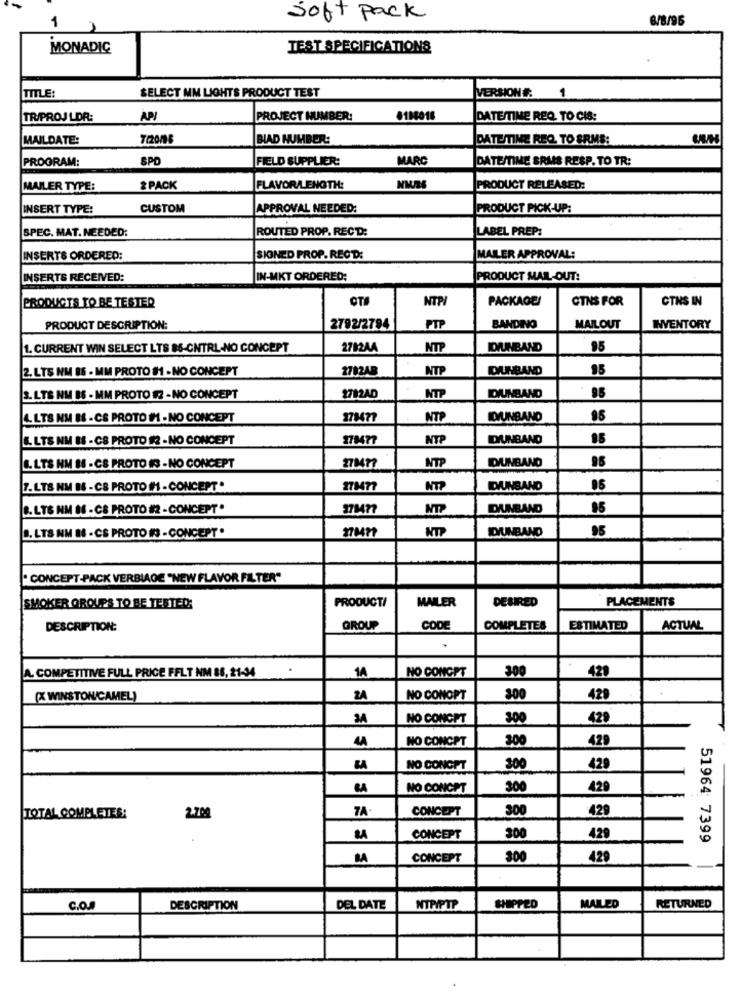
1
Soft Pack
8/8/96
MONADIC
TEST SPECIFICATIONS
TITLE:
SELECT MM LIGHTS PRODUCT TEST
VERSION#: 1
TR/PROJ LDR:
APJ
PROJECT MUMBER:
8106016
DATE/TIME REQ. TO CIS:
MAILDATE:
7/2076
BLAD NUMBER:
DATETIME REQ. TO SRMS:
PROGRAM:
SPD
FIELD SUPPLIER:
MARC
DATE/TIME BRAS RESP. TO TR:
MAILER TYPE:
2 PACK
FLAVOR/LENGTH:
PRODUCT RELEASED:
INSERT TYPE:
CUSTOM
APPROVAL NEEDED:
PRODUCT PICK-UP:
SPEC. MAT. NEEDED:
ROUTED PROP. RECD:
LABEL PREP:
INSERTS ORDERED:
SIONED PROP. REGD:
MAILER APPROVAL:
INSERTS RECEIVED:
IN-MKT ORDERED:
PRODUCT MAIL-OUT:
PRODUCTS TO BE TESTER
OT
NTP
PACKAGE/
CTNS FOR
CTNS IN
PTP
PRODUCT DESCRIPTION:
2792/2794
BANDING
MAILOUT
INVENTORY
1. CURRENT WIN SELECT LTS 85-CNTRL-NO CONCEPT
2712AA
NTP
DIUNBAND
95
2. LTS NM 85 - MM PROTO #1 - NO CONCEPT
2712AB
NTP
DUMBAND
95
3. LTS NM 86 - MM PROTO 12 - NO CONCEPT
2712AD
NTP
DIUNBAND
L. LTS NM IS - CS PROTO IM - NO CONCEPT
178477
NTP
IDVUNBAND
L. LTS NM IS - CS PROTO #2 - NO CONCEPT
178477
NTP
IDUNBAND
DUINBAND
L. LTS HM 18 - CS PROTO IS - NO CONCEPT
27847?
NTP
95
7. LTS NM BS - CS PROTO #1 - CONCEPT "
NTP
DYUNBAND
B. LTS NM I6 - CS PROTO #2 - CONCEPT.
373477
DUMBAND
. LTS NM #8 - CS PROTO IS - CONCEPT .
E
DUMBAND
95
· CONCEPT-PACK VERBIAGE "NEW FLAVOR FILTER"
MAILER
DESIRED
PLACEMENTS
SMOKER ORQUES TO BE TESTED:
PRODUCT/
DESCRIPTION:
GROUP
CODE
COMPLETES
ESTIMATED
ACTUAL
.
A. COMPETITIVE FULL PRICE FFLT NM 86, 21-34
.
14
NO CONCPT
300
420
(X WINSTON/CAMEL)
ZA
NO CONOPT
300
429
NO CONCPT
300
429
44
NO CONCPT
300
429
NO CONCPT
300
429
NO CONCPT
30
429
2.200
7A
CONCEPT
300
429
TOTAL COMPLETES:
CONCEPT
300
429
51964 7399
CONCEPT
300
429
C.O.A
DESCRIPTION
DEL DATE
NTP/PTP
SHIPPED
MAILED
RETURNED